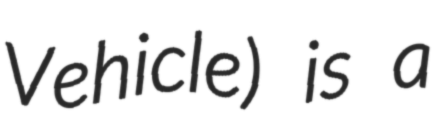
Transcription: Vehicle) is a